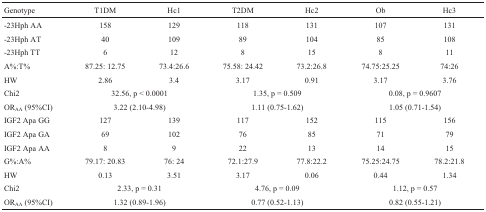
<table><thead><tr><td><b>Genotype</b></td><td><b>T1DM</b></td><td><b>Hc1</b></td><td><b>T2DM</b></td><td><b>Hc2</b></td><td><b>Ob</b></td><td><b>Hc3</b></td></tr></thead><tbody><tr><td> -23Hph AA</td><td>158</td><td>129</td><td>118</td><td>131</td><td>107</td><td>131</td></tr><tr><td>-23Hph AT</td><td>40</td><td>109</td><td>89</td><td>104</td><td>85</td><td>108</td></tr><tr><td>-23Hph TT</td><td>6</td><td>12</td><td>8</td><td>15</td><td>8</td><td>11</td></tr><tr><td>A%:T%</td><td>87.25: 12.75</td><td>73.4:26.6</td><td>75.58: 24.42</td><td>73.2:26.8</td><td>74.75:25.25</td><td>74:26</td></tr><tr><td>HW</td><td>2.86</td><td>3.4</td><td>3.17</td><td>0.91</td><td>3.17</td><td>3.76</td></tr><tr><td>Chi2</td><td colspan="2">32.56, p &lt; 0.0001</td><td colspan="2">1.35, p = 0.509</td><td colspan="2">0.08, p = 0.9607</td></tr><tr><td>OR<sub>AA</sub> (95%CI)</td><td colspan="2">3.22 (2.10-4.98)</td><td colspan="2">1.11 (0.75-1.62)</td><td colspan="2">1.05 (0.71-1.54)</td></tr><tr><td>IGF2 Apa GG</td><td>127</td><td>139</td><td>117</td><td>152</td><td>115</td><td>156</td></tr><tr><td>IGF2 Apa GA</td><td>69</td><td>102</td><td>76</td><td>85</td><td>71</td><td>79</td></tr><tr><td>IGF2 Apa AA</td><td>8</td><td>9</td><td>22</td><td>13</td><td>14</td><td>15</td></tr><tr><td>G%:A%</td><td>79.17: 20.83</td><td>76: 24</td><td>72.1:27.9</td><td>77.8:22.2</td><td>75.25:24.75</td><td>78.2:21.8</td></tr><tr><td>HW</td><td>0.13</td><td>3.51</td><td>3.17</td><td>0.06</td><td>0.44</td><td>1.34</td></tr><tr><td>Chi2</td><td colspan="2">2.33, p = 0.31</td><td colspan="2">4.76, p = 0.09</td><td colspan="2">1.12, p = 0.57</td></tr><tr><td>OR<sub>AA</sub> (95%CI)</td><td colspan="2">1.32 (0.89-1.96)</td><td colspan="2">0.77 (0.52-1.13)</td><td colspan="2">0.82 (0.55-1.21)</td></tr></tbody></table>